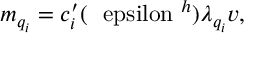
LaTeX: m _ { q _ { i } } = c _ { i } ^ { \prime } ( { \mathrm { \boldmath ~ \ e p s i l o n ~ } } ^ { h } ) \lambda _ { q _ { i } } v ,